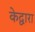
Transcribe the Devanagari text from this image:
केद्वारा